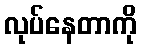
လုပ်နေတာကို